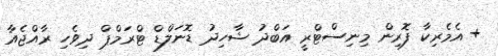
+ އެމެރިކާ ފޮރިން މިނިސްޓްރީ އަބްދު ޝާހިދު ޑޮނަލްޑް ޓްރަމްޕް ދިވެހި ރާއްޖެއާ